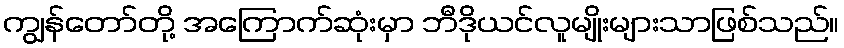
ကျွန်တော်တို့ အကြောက်ဆုံးမှာ ဘီဒိုယင်လူမျိုးများသာဖြစ်သည်။